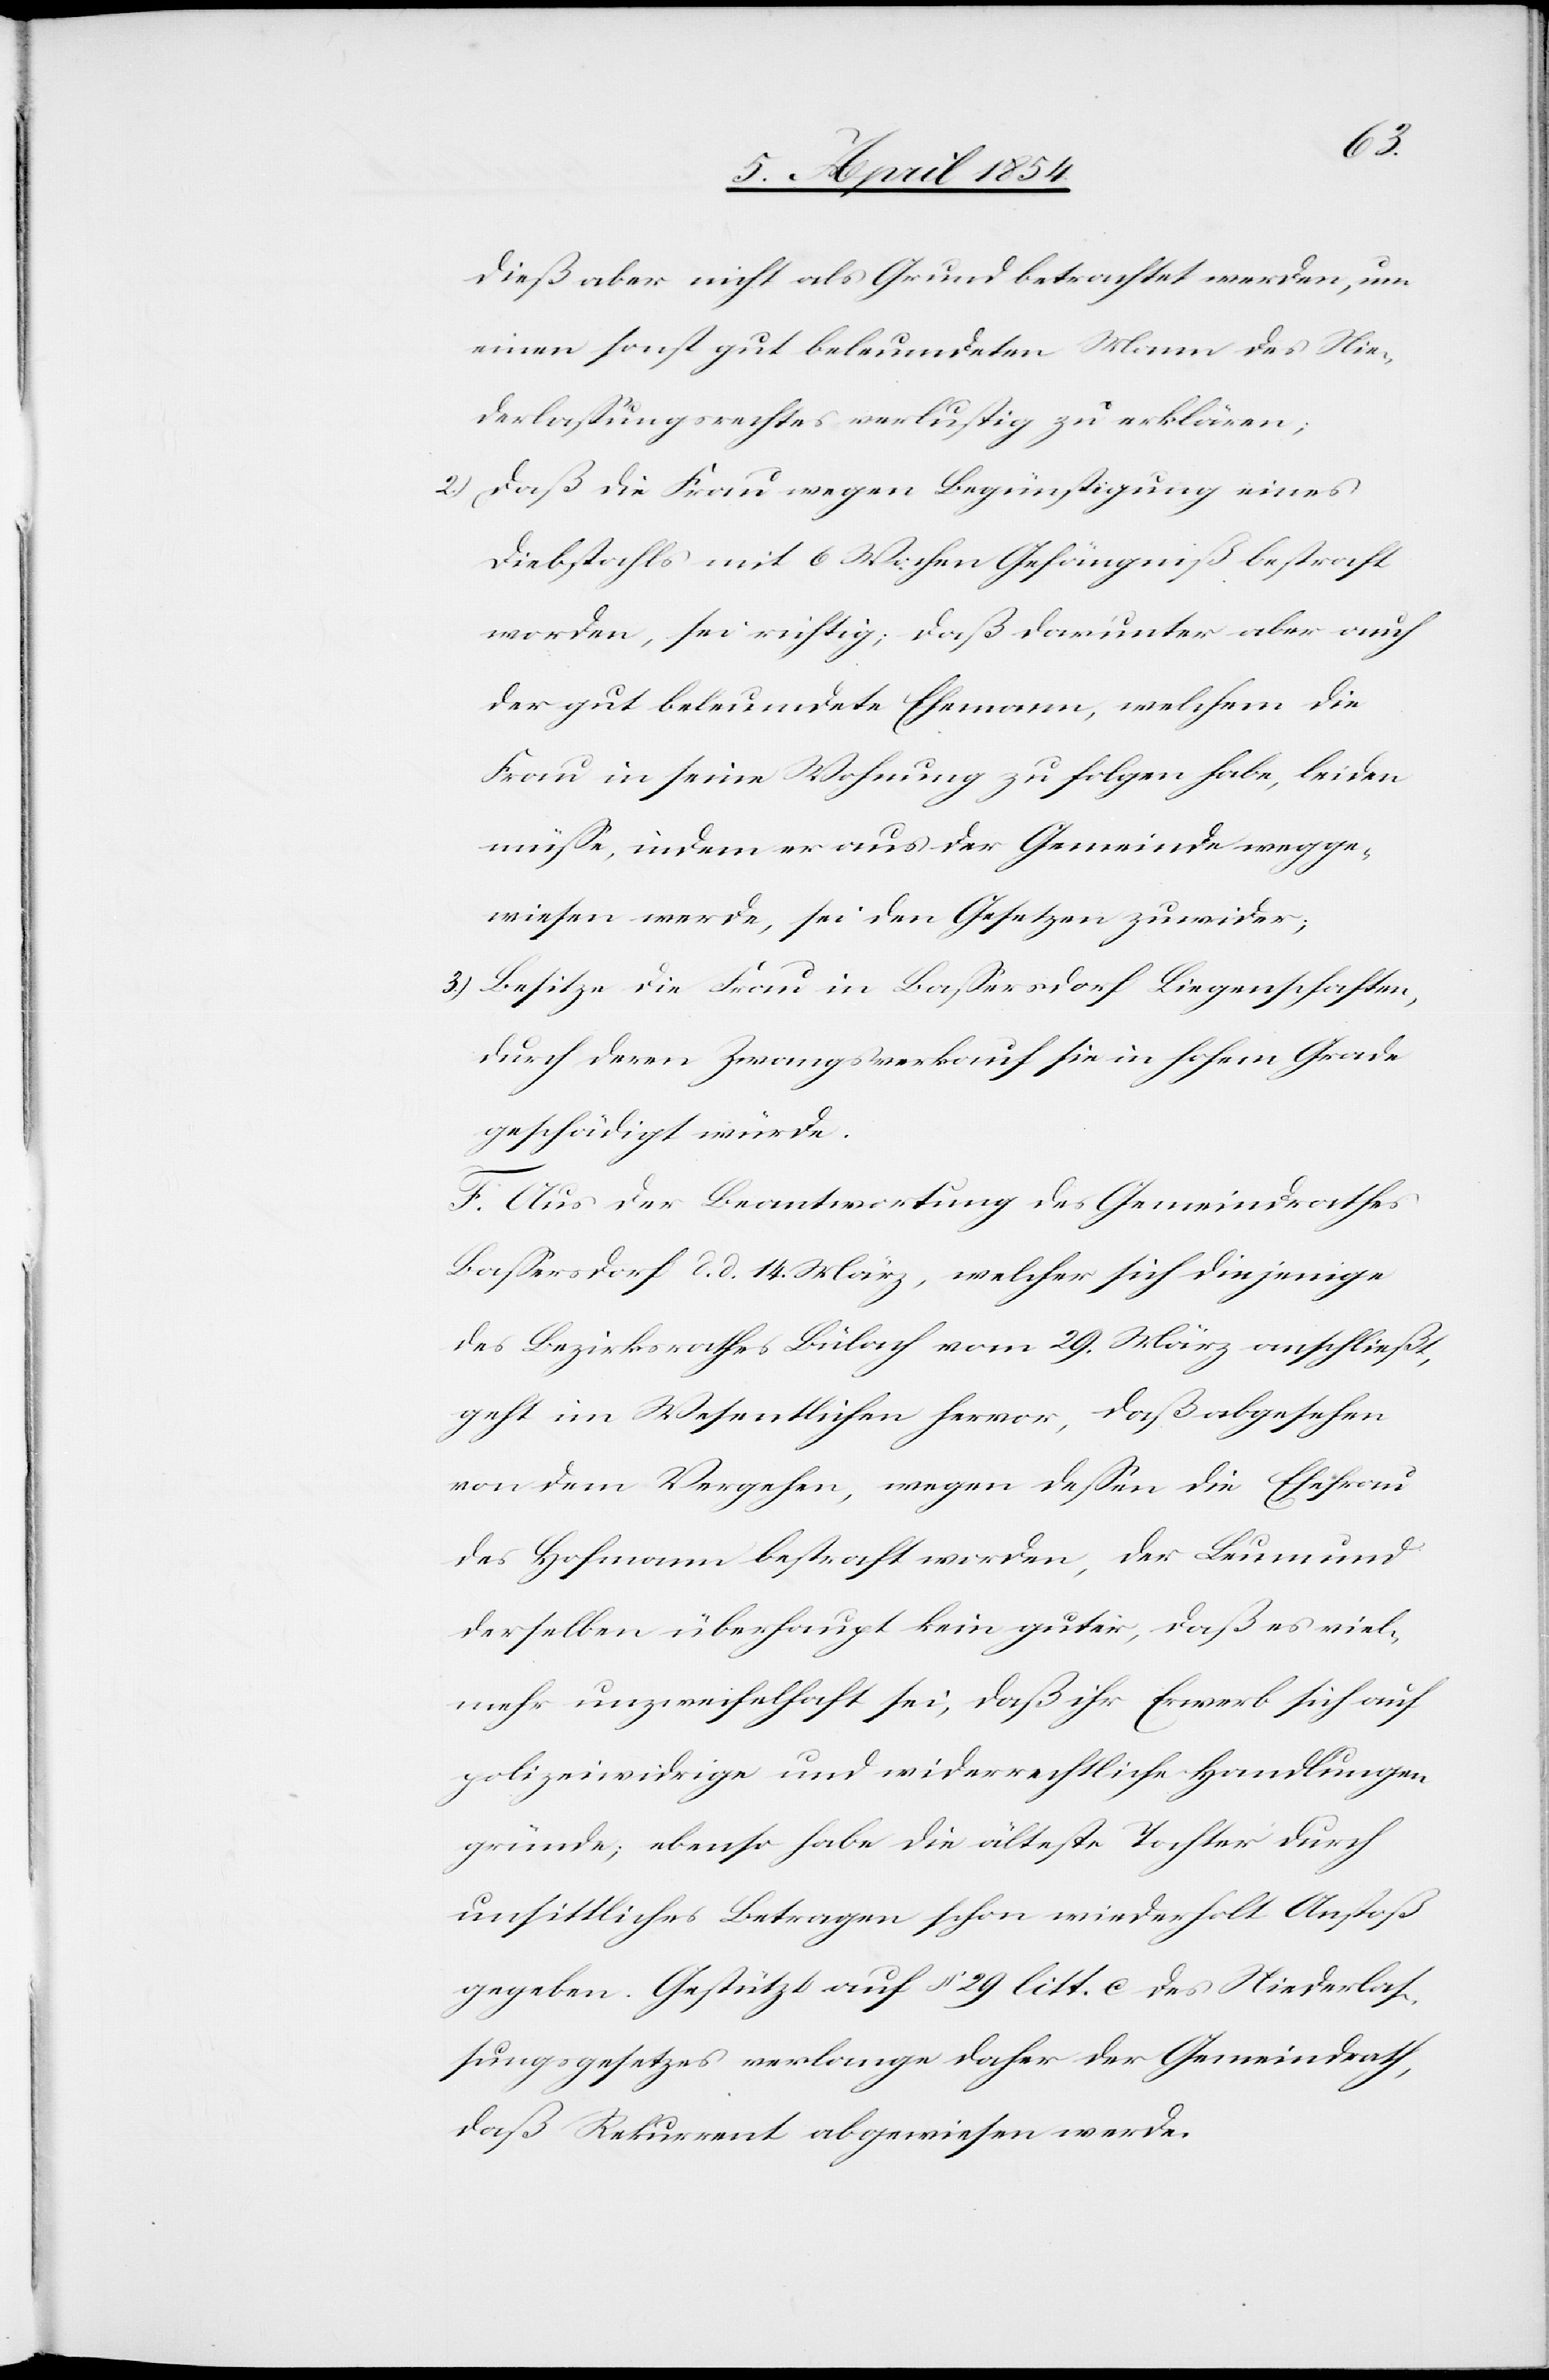
dieß aber nicht als Grund betrachtet werden, um
einen sonst gut beleumdeten Mann des Nie¬
derlaßungsgesetzes verlustig zu erklären;
2.) Daß die Frau wegen Begünstigung eines
Diebstahls mit 6 Wochen Gefängniß bestraft
worden, sei richtig; daß darunter aber auch
der gut beleumdete Ehemann, welchem die
Frau in seine Wohnung zu folgen habe, leiden
müße, indem er aus der Gemeinde wegge¬
wiesen werde, sei den Gesetzen zuwider;
3.) Besitze die Frau in Baßersdorf Liegenschaften,
durch deren Zwangsverkauf sie in hohem Grade
geschädigt würde.
F. Aus der Beantwortung des Gemeindrathes
Baßersdorf d. d. 14. März, welcher sich diejenige
des Bezirksrathes Bülach vom 29. März anschließt,
geht im Wesentlichen hervor, daß abgesehen
von dem Vergehen, wegen deßen die Ehefrau
des Hofmann bestraft worden, der Leumund
derselben überhaupt kein guter, daß es viel¬
mehr unzweifelhaft sei, daß ihr Erwerb sich auf
polizeiwidrige und widerrechtliche Handlungen
gründe; ebenso habe die älteste Tochter durch
unsittliches Betragen schon wiederholt Anstoß
gegeben. Gestützt auf § 29 litt. C des Niederlas¬
sungsgesetzes verlange daher der Gemeindrath,
daß Rekurrent abgewiesen werde.